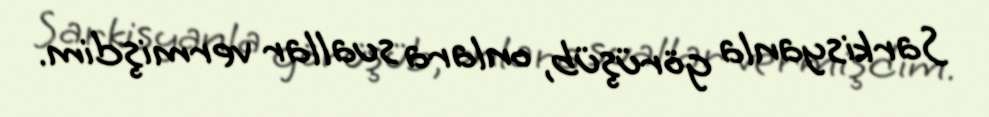
Sarkisyanla görüşüb, onlara suallar vermişdim.